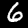
Label: 6